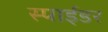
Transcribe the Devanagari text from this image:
स्पाईडर